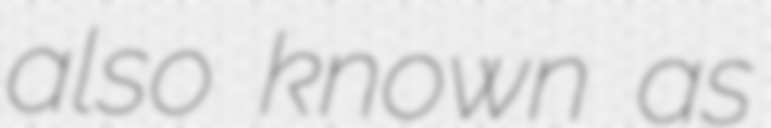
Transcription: also known as